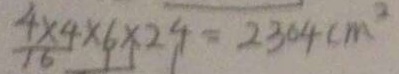
\frac { 4 \times 4 } { 1 6 } \times 6 \times 2 4 = 2 3 0 4 c m ^ { 2 }